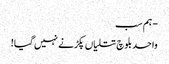
- ہم سب
واحد بلوچ تتلیاں پکڑنے نہیں گیا!